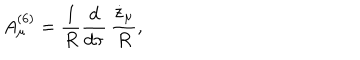
A _ { \mu } ^ { ( 6 ) } = { \frac { 1 } { R } } { \frac { d } { d \tau } } \, { \frac { \dot { z } _ { \mu } } { R } } ,